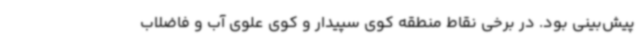
پیش‌بینی بود. در برخی نقاط منطقه کوی سپیدار و کوی علوی آب و فاضلاب